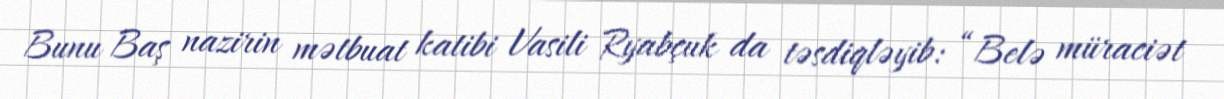
Bunu Baş nazirin mətbuat katibi Vasili Ryabçuk da təsdiqləyib: “Belə müraciət